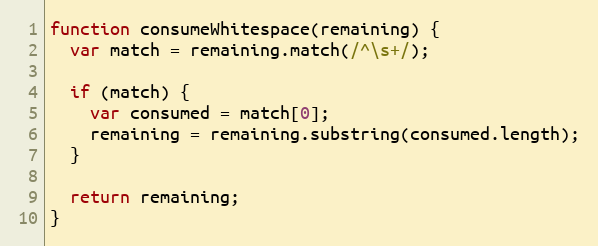
Language: JavaScript
function consumeWhitespace(remaining) {
  var match = remaining.match(/^\s+/);

  if (match) {
    var consumed = match[0];
    remaining = remaining.substring(consumed.length);
  }

  return remaining;
}